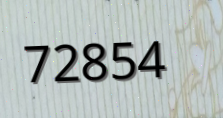
72854